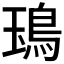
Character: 𩿱